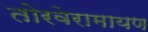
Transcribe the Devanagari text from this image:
तोरवेरामायण